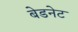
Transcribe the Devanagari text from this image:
बेडनेट